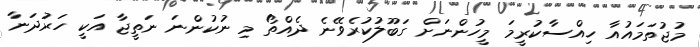
މުޖުތަމައުއާ ހިއްސާކުރީމަ މީހުންނަށް ގަބޫލުކުރެވޭނެ ދެއްތޯ މި ނުކުންނަ ނަތީޖާ އަކީ ހަރުދަނާ